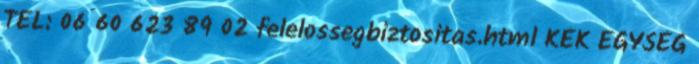
TEL: 06 60 623 89 02 felelossegbiztositas.html KÉK EGYSÉG